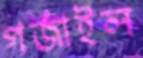
গর্জাইল